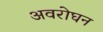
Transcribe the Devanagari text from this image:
अवरोघन